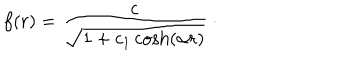
f ( r ) = \frac { c } { \sqrt { 1 + c _ { 1 } \cosh \left( \alpha r \right) } } \ \cdot